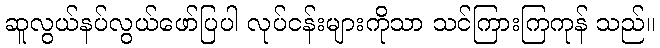
ဆူလွယ်နပ်လွယ်ဖော်ပြပါ လုပ်ငန်းများကိုသာ သင်ကြားကြကုန် သည်။